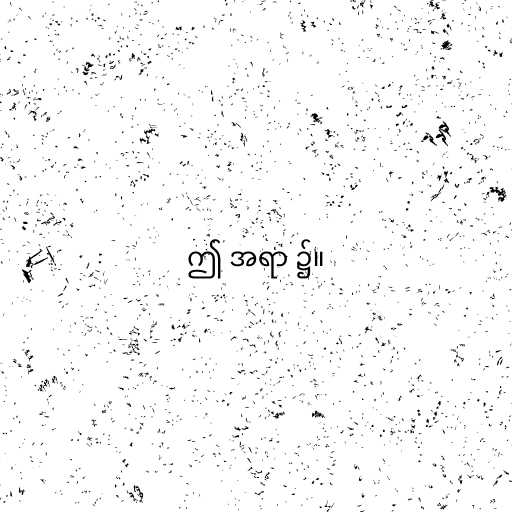
ဤ အရာ ၌။